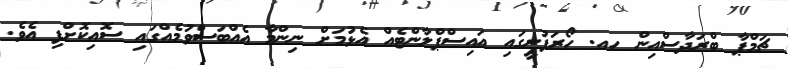
ޗަމްޕާ ބްރަދާސްއިން ހއ. ހޯރަފުށީގައި އައިސްޕްލާންޓެއް އެޅުމަށް ނިންމާ އެއްބަސްވުމެއްގައި ސޮއިކޮށްފި އެވެ.